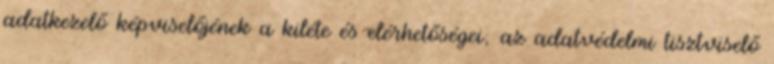
adatkezelő képviselőjének a kiléte és elérhetőségei; az adatvédelmi tisztviselő